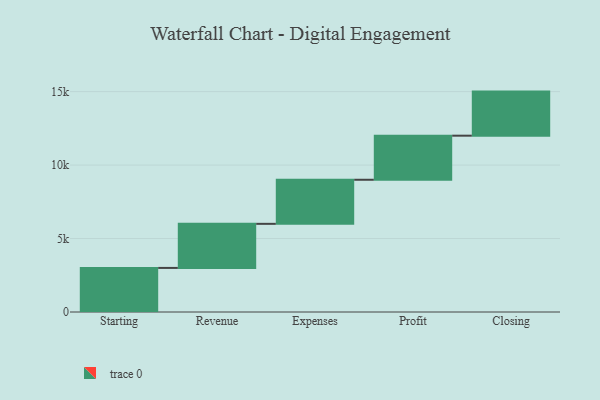
{"axis": {"x": "Step", "y": "Value"}, "legend": [""], "data": [{"x": "Starting", "y": 3000, "type": ""}, {"x": "Revenue", "y": 3000, "type": ""}, {"x": "Expenses", "y": 3000, "type": ""}, {"x": "Profit", "y": 3000, "type": ""}, {"x": "Closing", "y": 3000, "type": ""}]}